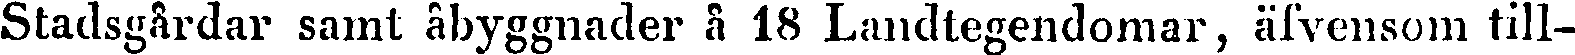
Stadsgårdar samt åbyggnader å 18 Landtegendomar, äfvensom till-